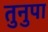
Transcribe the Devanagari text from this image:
तुनुपा